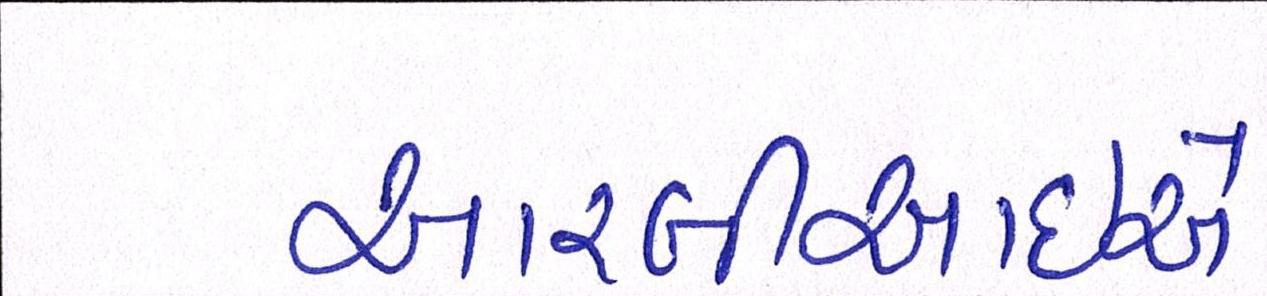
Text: આરબીઆઇએ